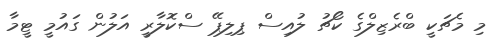
މި މެޗަކީ ބްރެޒިލްގެ ކޯޗު ލުއިސް ޕިލިޕޭ ސްކޮލާރީ އަލުން ގައުމީ ޓީމާ